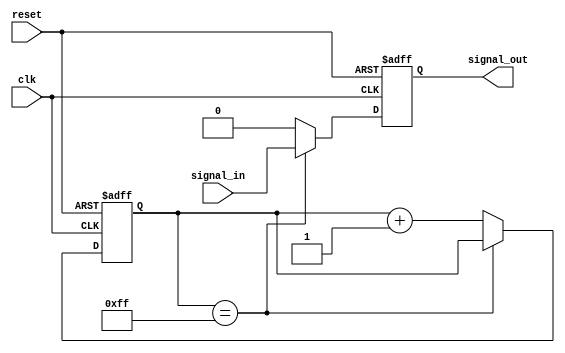
module RC_Delay (
    input wire clk,
    input wire reset,
    input wire signal_in,
    output reg signal_out
);

reg [7:0] delay_count;

always @ (posedge clk or posedge reset) begin
    if (reset) begin
        delay_count <= 8'b0;
        signal_out <= 1'b0;
    end else begin
        if (delay_count == 8'b11111111) begin
            signal_out <= signal_in;
        end else begin
            delay_count <= delay_count + 1;
            signal_out <= 1'b0;
        end
    end
end

endmodule